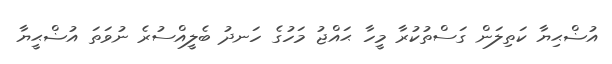
އުޟްޙިޔާ ކަތިލަން ގަސްތުކުރާ މީހާ ޙައްޖު މަހުގެ ހަނދު ބެލީއްސުރެ ނުވަތަ އުޟްޙީޔާ